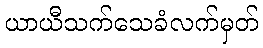
ယာယီသက်သေခံလက်မှတ်